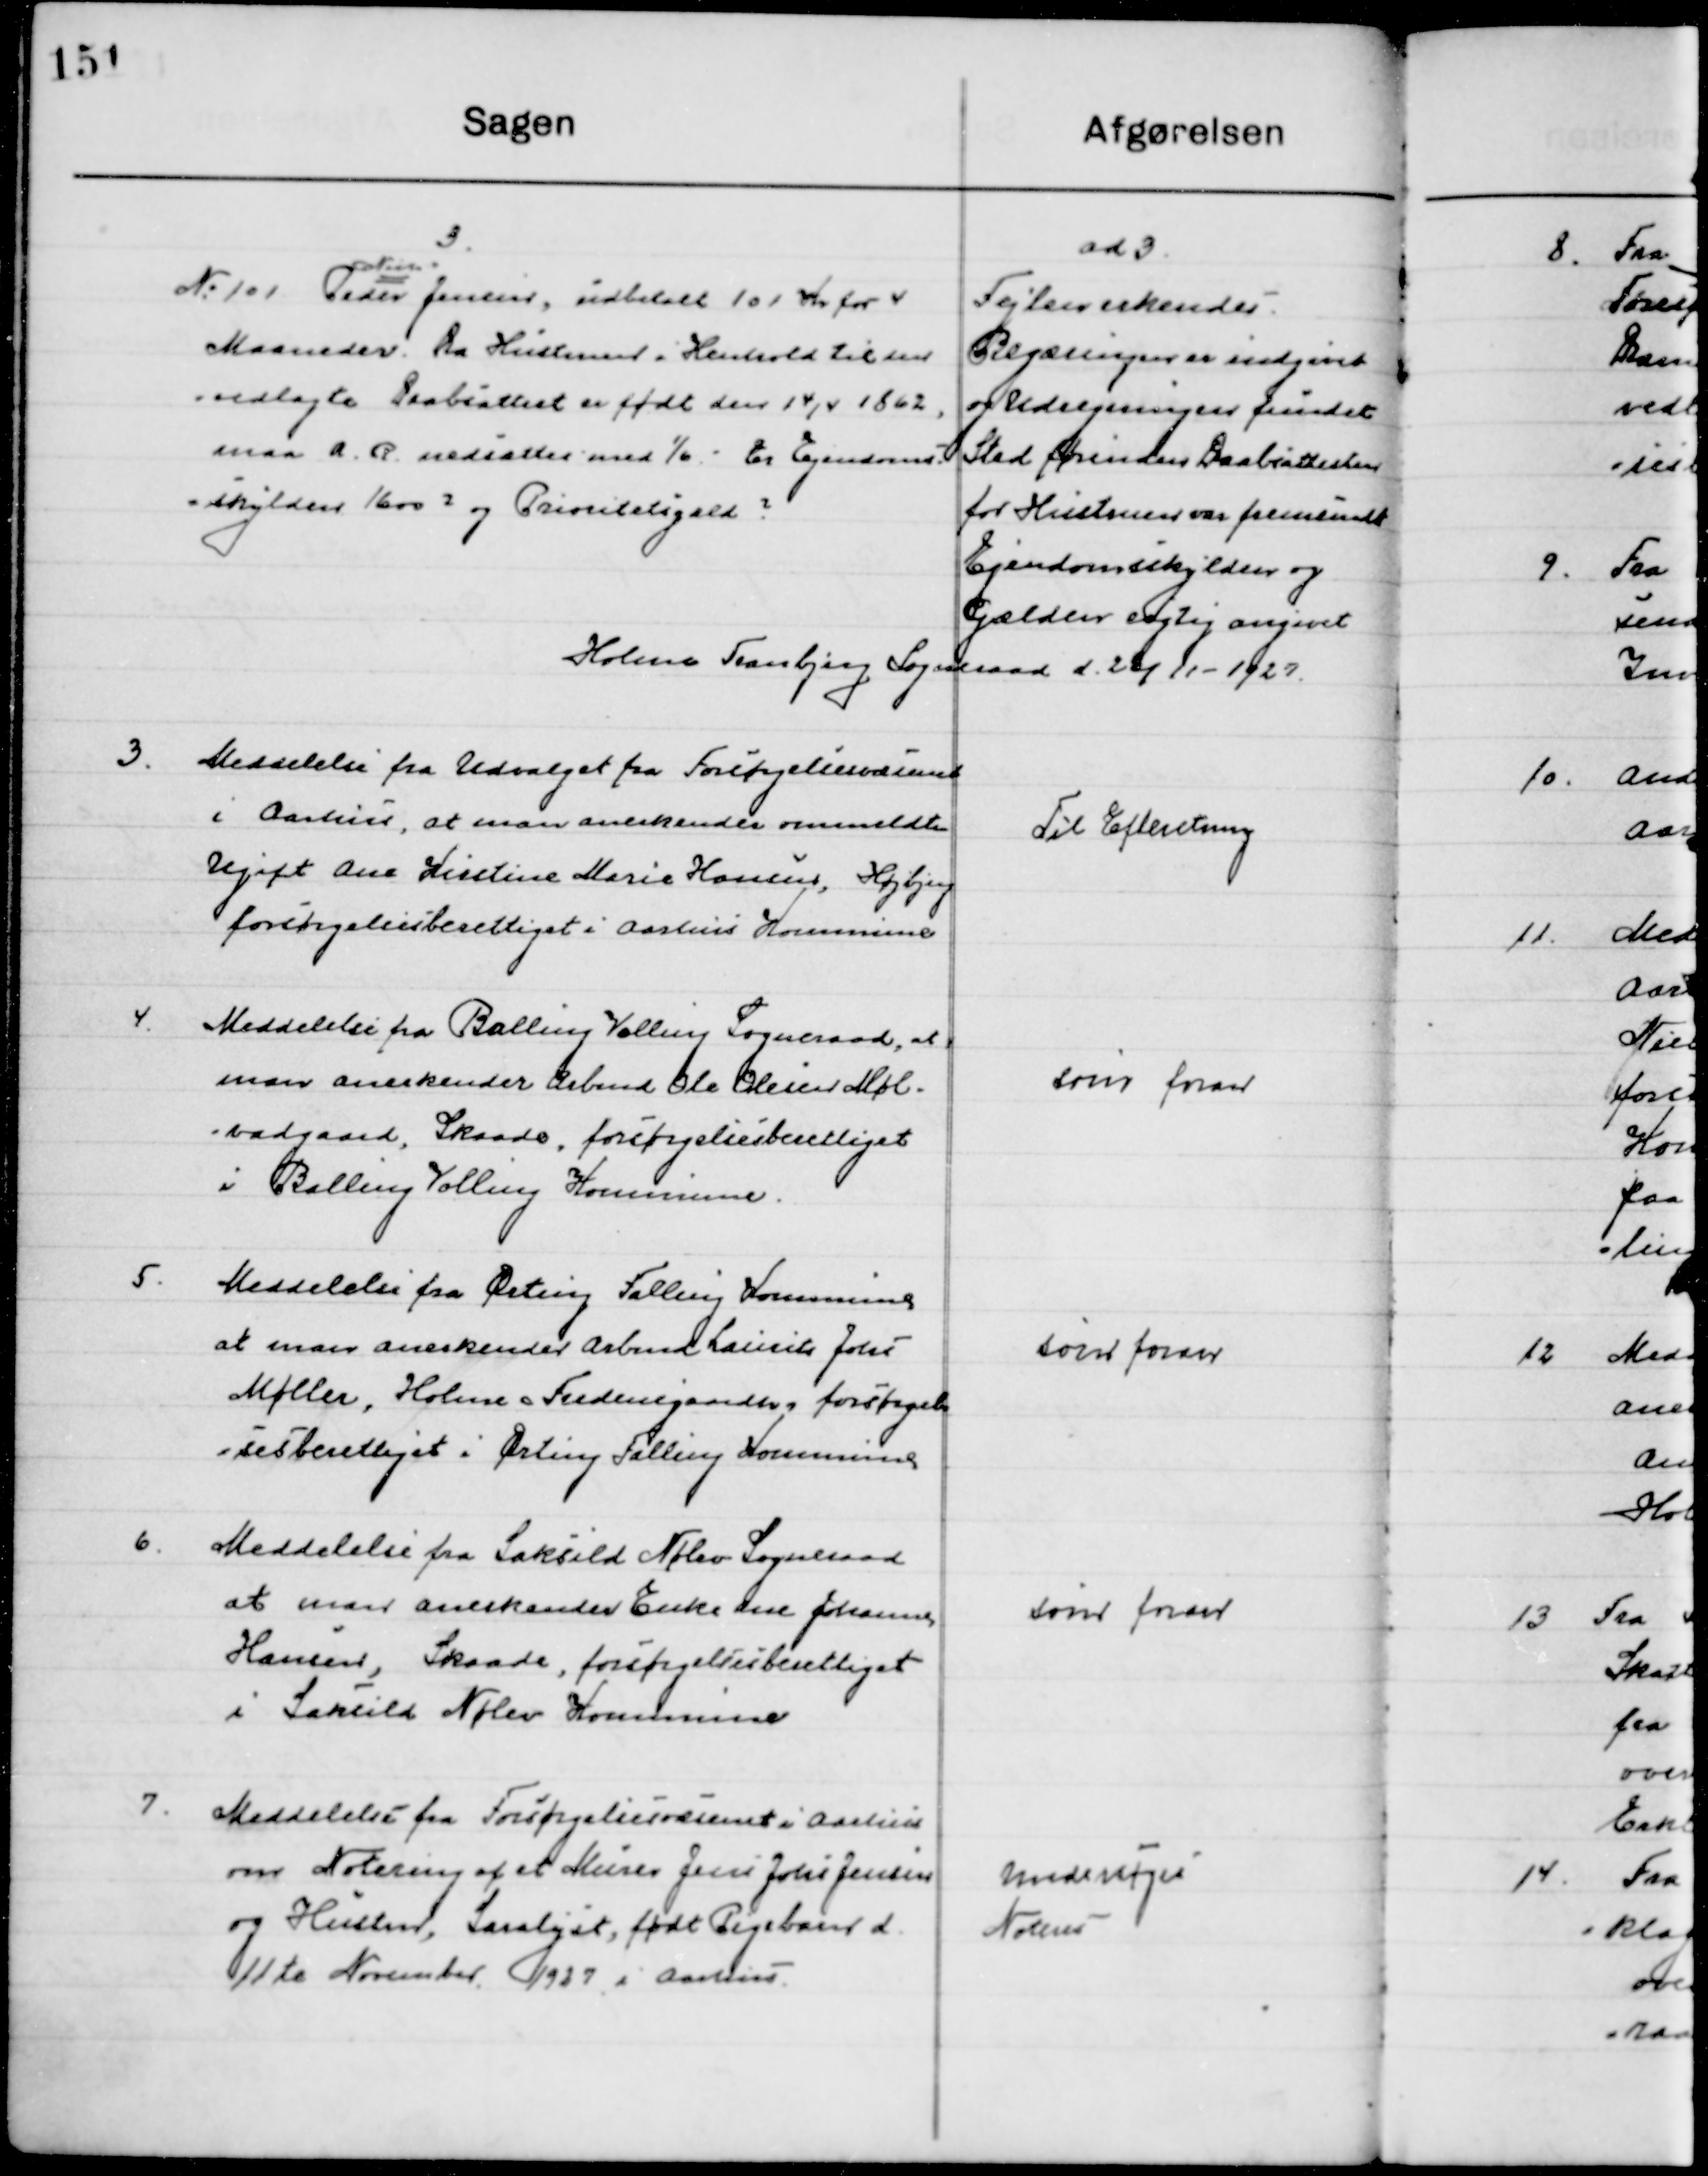
Transskription:
3.
No. 101 Peder  
Niels
Jensen, indbetalt 101 Kr. for 4
Maaneder. Da Hustruen i Henholdt til en
vedlagt Daabsattest er født den 14/4 1862
maa A. R. nedsættes med 1/6 - Er Ejendoms-
skylden 1600 og Prioritetsgæld ?

ad 3
Fejlen erkendes.
Begæringen er indgivet
og Udregningen fundet
Sted Ærindes Daabsattest
for Hustruens var fremsendt
Ejendomsskylden og 
Gælden rigtig angivet

Holme Tranbjerg, Sogneraad d. 28/11 1927

3

Meddelelse fra Forsørgelsesvæsenet
I Aarhus, at man anerkender ommeldte
Ugift Ane Kristine Marie Hansen, Højbjerg
forsørgelsesberettiget i Aarhus Kommune.

Til Efterretning

4

Meddelelse fra Balling Vælling Sogneraad, at
man anerkender Arbmd. Ole Olsen Møl-
levadsgaard, Skaade, forsørgelsesberettiget 
i Balling Vælling Kommune.

som foran

5

Meddelelse fra Ørting Falling Kommune
at man anerkender Arbmd. Laurits Johs.
Møller, Holme Fredensgaard forsørgel- 
sesberettiget I Ørting Falling Kommune.

som foran

6

Meddelelse fra Saksild Nølev Sogneraad
at man anerkender Enke Ane Johanne
Hansen, Skaade, forsørgelsesberettiget 
i Saksild Nølev Kommune.

som foran

7

Meddelelse fra Forsørgelsesvæsenet I Aarhus,
om Notering af et Murer Jens Johs. Jensen
og Hustru, Saralyst, født Pigebarn d. 
11te November 1927 i Aarhus.

Undersøges
Noteres